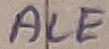
Text: ALE